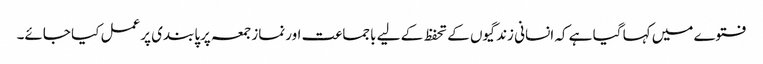
فتوے میں کہا گیا ہے کہ انسانی زندگیوں کے تحفظ کے لیے باجماعت اورنمازجمعہ پرپابندی پرعمل کیا جائے۔